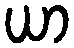
ယာ